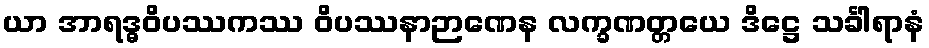
ယာ အာရဒ္ဓဝိပဿကဿ ဝိပဿနာဉာဏေန လက္ခဏတ္တယေ ဒိဋ္ဌေ သင်္ခါရာနံ